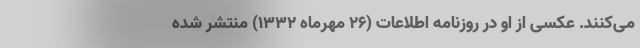
می‌کنند. عکسی از او در روزنامه اطلاعات (۲۶ مهرماه ۱۳۳۲) منتشر شده